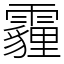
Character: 霾